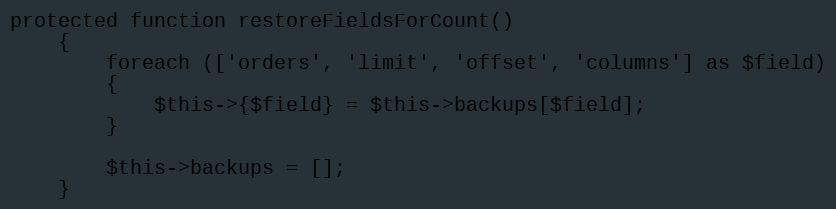
Language: PHP
protected function restoreFieldsForCount()
	{
		foreach (['orders', 'limit', 'offset', 'columns'] as $field)
		{
			$this->{$field} = $this->backups[$field];
		}

		$this->backups = [];
	}